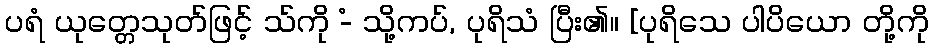
ပရံ ယုတ္တေသုတ်ဖြင့် သ်ကို -ံ သို့ကပ်, ပုရိသံ ပြီး၏။ [ပုရိသေ ပါပိယော တို့ကို